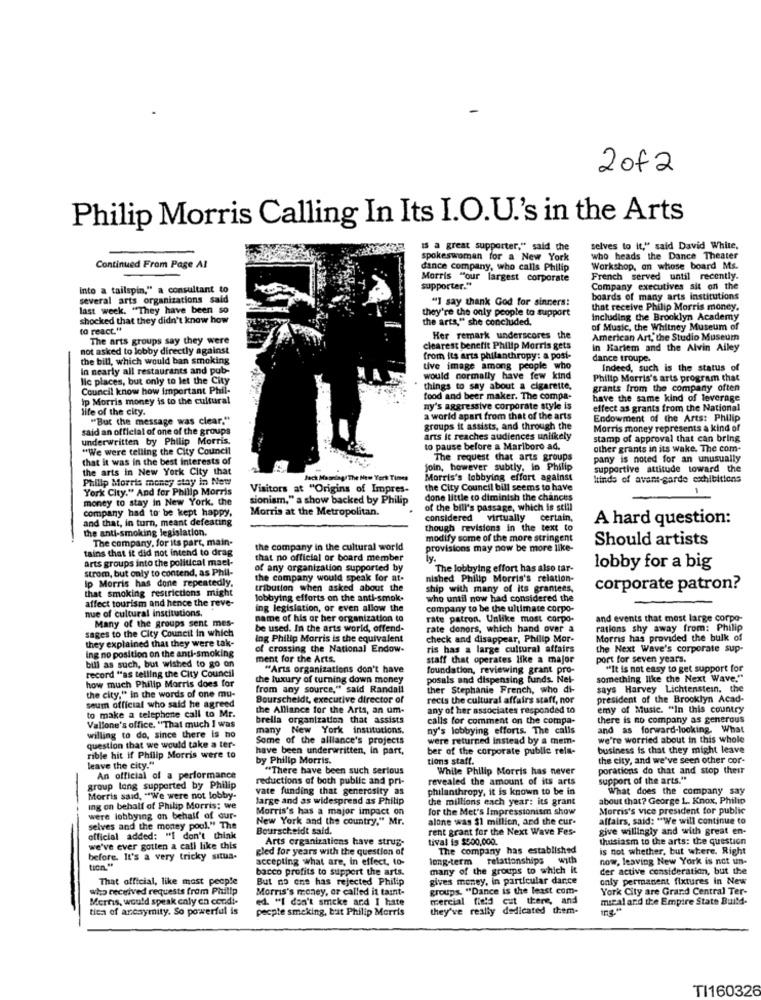
2of2
Philip Morris Calling In Its I.O.U.'s in the Arts
Is a great supporter," said the
selves to it," said David White,
spokeswoman for a New York
who heads the Dance Theater
Continued From Page AI
dance company, who calls Philip
Workshop, on whose board Ms.
Morris "our largest corporate
French served until recently.
Into a tailspin," a consultant to
supporter .**
Company executives sit on the
several arts organizations said
"I say thank God for sinners!
boards of many arts institutions
last week. "They have been so
that receive Philip Morris money.
shocked that they didn't know how
they're the only people to support
the arts," she concluded,
including the Brooklyn Academy
to react."
of Music, the Whitney Museum of
The arts groups say they were
Her remark underscores the
American Art, the Studio Museum
not asked to lobby directly against
clearest benefit Philip Morris gets
in Harlem and the Alvin Ailey
the bill, which would ban smoking
from its arts philanthropy: a post-
dance troupe.
In nearly all restaurants and pub-
tive image among people who
Indeed, such is the status of
lic places, but only to let the City
would normally have few kind
Philip Morris's arts program that
Council know how important Phil-
things to say about a cigarette,
grants from the company often
Ip Morris money is to the cultural
food and beer maker. The compa-
have the same kind of leverage
life of the city.
ny's aggressive corporate style is
effect as grants from the National
"But the message was clear."
a world apart from that of the arts
Endowment of the Arts: Philip
said an official of one of the groups
groups it assists, and through the
Morris money represents a kind of
underwritten by Philip Morris.
arts it reaches audiences unlikely
stamp of approval that can bring
"We were telling the City Council
to pause before a Marlboro ad.
other grants in its wake. The com-
that it was in the best interests of
The request that arts groups
pany is noted for an unusually
the arts in New York City that
join, however subtly, in Philip
supportive attitude toward the
Philip Morris money stay in New
Jack Meaning/The New York Times
s lobbying effort against
kinds of avant-garde exhibitions
York City." And for Philip Morris
Visitors at "Origins of Impres-
the City Council bill seems to have
-
money to stay in New York. the
sionism," a show backed by Philip
done little to diminish the chances
company had to be kept happy,
Morris at the Metropolitan.
of the bill's passage, which is still
and that, in turn, meant defeating
considered
virtually
certain,
A hard question:
the anti-smoking legislation.
though revisions in the text to
The company, for its part, main-
modify some of the more stringent
Should artists
tains that it did not intend to drag
the company in the cultural world
provisions may now be more like-
arts groups into the political mael-
that no official or board member
ly.
strom, but only to contend, as Phil-
of any organization supported by
The lobbying effort has also tar-
lobby for a big
Ip Morris has done repeatedly,
the company would speak for at.
nished Philip Morris's relation-
that smoking restrictions might
tribution when asked about the
ship with many of its grantees,
corporate patron?
affect tourism and hence the reve-
lobbying efforts on the anti-smok.
who until now had considered the
nue of cultural institutions.
ing legislation, or even allow the
company to be the ultimate corpo-
Many of the groups sent mes-
name of his or her organization to
rate patron. Unlike most corpo-
and events that most large corpo-
sages to the City Council in which
be used. In the arts world, offend-
rate donors, which hand over a
rations shy away from: Philip
they explained that they were tak-
ing Philip Morris is the equivalent
check and disappear, Philip Mor-
Morris has provided the bulk of
ing no position on the anti-smoking
of crossing the National Endow-
ris has a large cultural affairs
the Next Wave's corporate sup-
bill as such, but wished to go on
ment for the Arts.
staff that operates like a major
port for seven years.
record "as telling the City Council
"Arts organizations don't have
foundation, reviewing grant pro-
"It is not easy to get support for
how much Philip Morris does for
the luxury of turning down money
posals and dispensing funds. Nel-
something like the Next Wave."
from any source," said Randall
ther Stephanie French, who di-
says Harvey Lichtenstein. the
the city." in the words of one mu-
Bourscheidt, executive director of
rects the cultural affairs staff, nor
president of the Brooklyn Acad-
seum official who said he agreed
to make a telephone call to Mr.
the Alliance for the Arts, an um-
any of her associates responded to
emy of Music. "In this country
brella organization that assists
calls for comment on the compa-
there is no company as generous
Vallone's office. "That much I was
many New York institutions.
ny's lobbying efforts. The calls
and as forward-looking. What
willing to do, since there is no
Some of the alliance's projects
were returned Instead by a mem-
we're worried about in this whole
question that we would take a ter-
have been underwritten, in part,
ber of the corporate public rela-
business is that they might leave
rible hit if Philip Morris were to
by Philip Morris.
tions staff.
the city, and we've seen other cor-
leave the city."
"There have been such serious
While Philip Morris has never
porations do that and stop their
An official of a performance
reductions of both public and pri-
revealed the amount of its arts
support of the arts."
group long supported by Philip
vate funding that generosity as
philanthropy, it is known to be in
What does the company say
Morris said, "We were not lobby-
large and as widespread as Philip
the millions each year: its grant
about that? George L. Knox, Philip
Ing on behalf of Philip Morris: we
Morris's has a major impact on
for the Met's Impressionism show
Morris's vice president for public
were lobbying on behalf of our-
New York and the country." Mr.
alone wwas $1 million, and the cur-
affairs, said: "WWe will continue to
selves and the money pool." The
Bourscheidt said.
rent grant for the Next Wave Fes-
give willingly and with great en-
official added: "I don't think
Arts organizations have strug-
tival is $500,000.
thusiasm to the arts: the question
we've ever gotten a call like this
gled for years with the question of
The company has established
is not whether, but where. Right
before. It's a very tricky situa-
accepting what are, in effect, to-
long-term relationships with
now, leaving New York is not un-
tion."
bacco profits to support the arts.
many of the groups to which it
der active consideration, but the
That official, like most people
But no one has rejected Philip
gives money, in particular dance
only permanent fixtures In New
who received requests from Philip
Morris's money, or called it taint-
groups. "Dance is the least com-
York City are Grand Central Ter-
Merns, would speak caly en condi-
ed. "I don't smoke and I hate
mercial field cut there, and
mical and the Empire State Build-
tica of arcaymity. So powerful is
pecpte smoking, but Philip Morris
they've really dedicated them.
TI160326